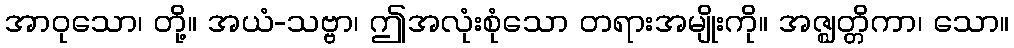
အာဝုသော၊ တို့။ အယံ-သဗ္ဗာ၊ ဤအလုံးစုံသော တရားအမျိုးကို။ အဇ္ဈတ္တိကာ၊ သော။